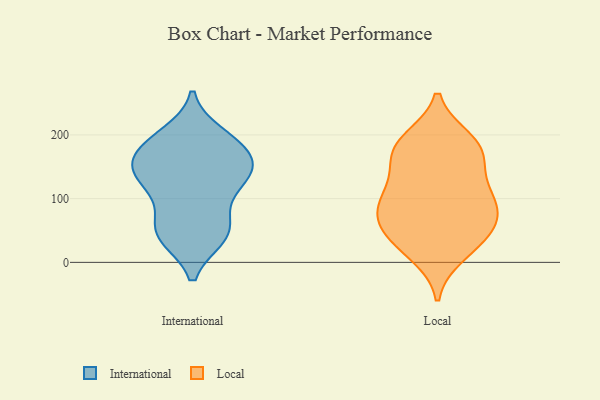
{"axis": {"x": "Satisfaction Score", "y": "Value"}, "legend": ["International", "Local"], "data": [{"x": "", "y": 178, "type": "International"}, {"x": "", "y": 62, "type": "International"}, {"x": "", "y": 170, "type": "International"}, {"x": "", "y": 101, "type": "International"}, {"x": "", "y": 139, "type": "International"}, {"x": "", "y": 41, "type": "International"}, {"x": "", "y": 151, "type": "International"}, {"x": "", "y": 55, "type": "International"}, {"x": "", "y": 141, "type": "International"}, {"x": "", "y": 142, "type": "International"}, {"x": "", "y": 40, "type": "International"}, {"x": "", "y": 118, "type": "International"}, {"x": "", "y": 139, "type": "International"}, {"x": "", "y": 200, "type": "International"}, {"x": "", "y": 40, "type": "International"}, {"x": "", "y": 186, "type": "International"}, {"x": "", "y": 192, "type": "International"}, {"x": "", "y": 38, "type": "Local"}, {"x": "", "y": 167, "type": "Local"}, {"x": "", "y": 104, "type": "Local"}, {"x": "", "y": 85, "type": "Local"}, {"x": "", "y": 192, "type": "Local"}, {"x": "", "y": 28, "type": "Local"}, {"x": "", "y": 76, "type": "Local"}, {"x": "", "y": 169, "type": "Local"}, {"x": "", "y": 187, "type": "Local"}, {"x": "", "y": 68, "type": "Local"}, {"x": "", "y": 80, "type": "Local"}, {"x": "", "y": 48, "type": "Local"}, {"x": "", "y": 124, "type": "Local"}, {"x": "", "y": 117, "type": "Local"}, {"x": "", "y": 179, "type": "Local"}, {"x": "", "y": 13, "type": "Local"}]}